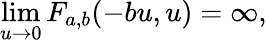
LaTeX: \operatorname*{lim}_{u\to 0}F_{a,b}(-bu,u)=\infty,